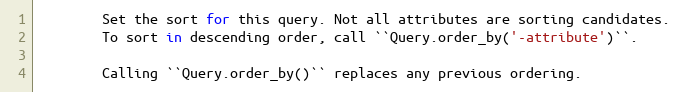
Language: Python
        Set the sort for this query. Not all attributes are sorting candidates.
        To sort in descending order, call ``Query.order_by('-attribute')``.

        Calling ``Query.order_by()`` replaces any previous ordering.